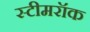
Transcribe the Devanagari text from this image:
स्टीमरॉक